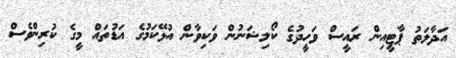
އަދާލަތު ޕާޓީއިން ރައީސް ވަހީދުގެ ކޯލިޝަނުން ވަކިވާން އުޅޭކަމުގެ އަޑުތައް މީގެ ކުރިންވެސް